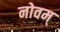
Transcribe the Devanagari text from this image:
नोवम्